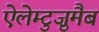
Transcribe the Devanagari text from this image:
ऐलेम्टुज़ुमैब